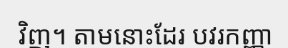
វិញ។ តាមនោះដែរ បវរកញ្ញា